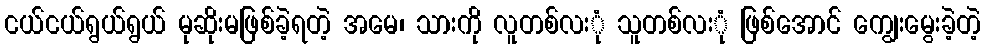
ငယ်ငယ်ရွယ်ရွယ် မုဆိုးမဖြစ်ခဲ့ရတဲ့ အမေ၊ သားကို လူတစ်လးုံ သူတစ်လးုံ ဖြစ်အောင် ကျွေးမွေးခဲ့တဲ့